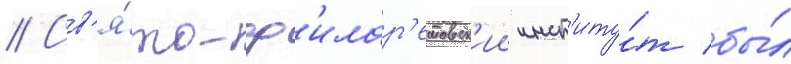
// Св'я́то-ф'илар'етовск'ии инст'иту́т бы́л